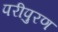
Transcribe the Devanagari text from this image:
परीपुरण